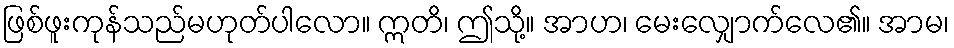
ဖြစ်ဖူးကုန်သည်မဟုတ်ပါလော။ ဣတိ၊ ဤသို့။ အာဟ၊ မေးလျှောက်လေ၏။ အာမ၊